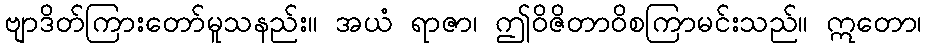
ဗျာဒိတ်ကြားတော်မူသနည်း။ အယံ ရာဇာ၊ ဤဝိဇိတာဝိစကြာမင်းသည်။ ဣတော၊